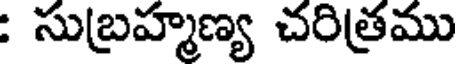
: సుబ్రహ్మణ్య చరిత్రము